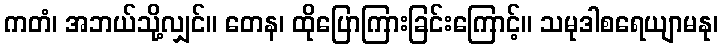
ကတံ၊ အဘယ်သို့လျှင်။ တေန၊ ထိုပြောကြားခြင်းကြောင့်။ သမုဒါစရေယျာမနု၊